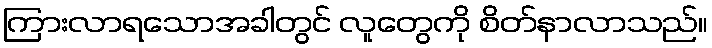
ကြားလာရသောအခါတွင် လူတွေကို စိတ်နာလာသည်။